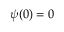
\psi ( 0 ) = 0